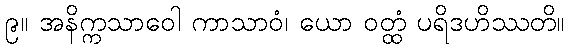
၉။ အနိက္ကသာဝေါ ကာသာဝံ၊ ယော ဝတ္ထံ ပရိဒဟိဿတိ။